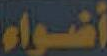
أضواء